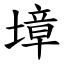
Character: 墇